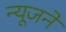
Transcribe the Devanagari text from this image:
न्यूजने